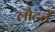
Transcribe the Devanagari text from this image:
लौटतें